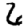
Digit: 6